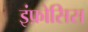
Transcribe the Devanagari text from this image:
इंफ़ोसिस